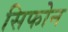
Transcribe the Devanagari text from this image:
सिफोन